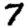
Digit: 7